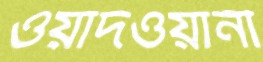
ওয়াদওয়ানী